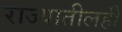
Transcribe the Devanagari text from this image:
राज्यातीलही